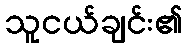
သူငယ်ချင်း၏